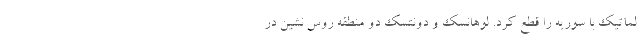
لماتیک با سوریه را قطع کرد. لوهانسک و دونتسک دو منطقه روس نشین در